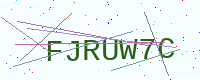
Text: FJRUW7C